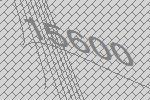
15600